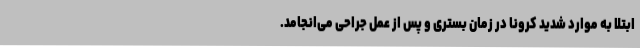
ابتلا به‌ موارد شدید کرونا در زمان بستری و پس از عمل جراحی می‌انجامد.